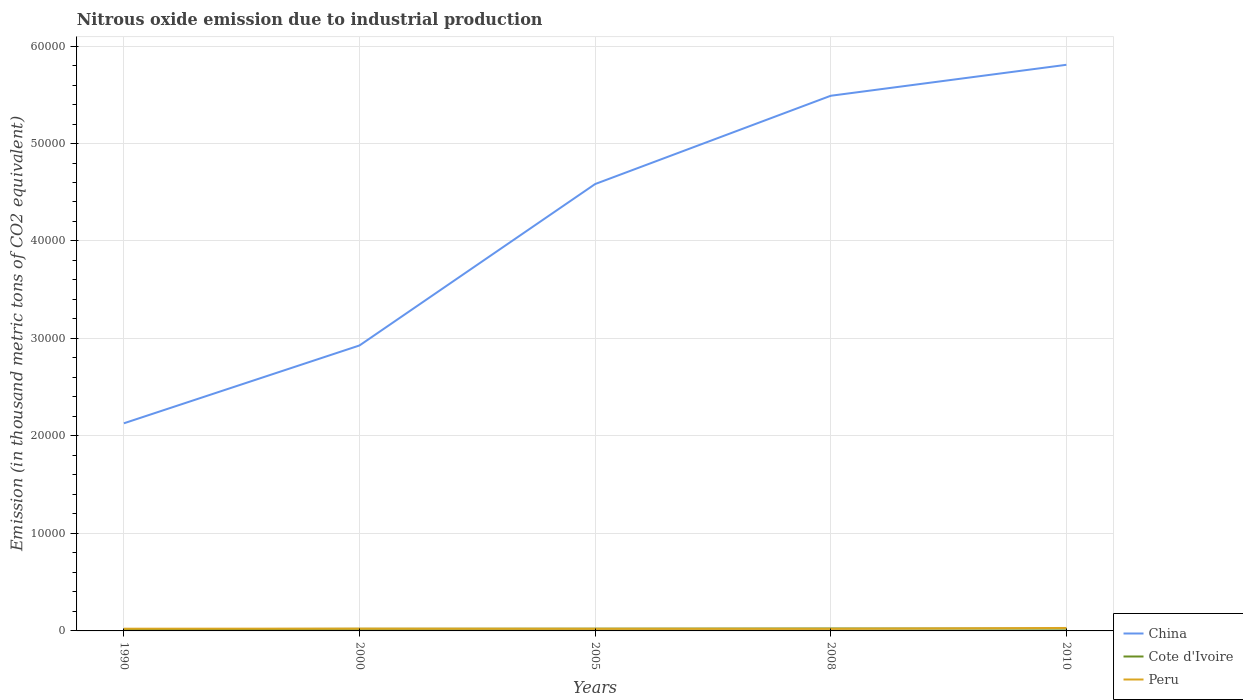
| Years | China | Cote d'Ivoire | Peru |
 | --- | --- | --- | --- |
 | 1990 | 2.13e+04 | 172 | 228 |
 | 2000 | 2.93e+04 | 215 | 235 |
 | 2005 | 4.58e+04 | 232 | 218 |
 | 2008 | 5.49e+04 | 249 | 214 |
 | 2010 | 5.81e+04 | 234 | 304 |